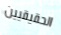
الحقيقيين